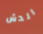
الدش